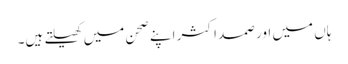
ہاں میں اور صمد اکثر اپنے صحن میں کھیلتے ہیں۔